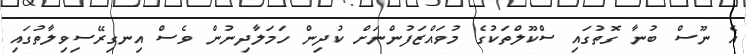
އެ ނޫސް ބުނާ ގޮތުގައި ސްކޫލްތަކުގެ މުވައްޒަފުންނަށް ކުދިން ހަމަލާދިނުން ވެސް އިނގިރޭސިވިލާތުގައި